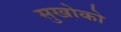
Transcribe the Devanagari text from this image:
सुखोको